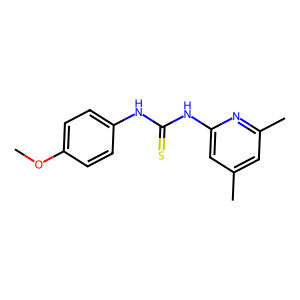
SMILES: COc1ccc(NC(=S)Nc2cc(C)cc(C)n2)cc1
Inhibits HIV replication: No